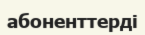
абоненттерді